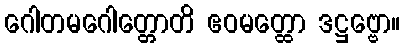
ဂေါတမဂေါတ္တောတိ ဧဝမတ္ထော ဒဋ္ဌဗ္ဗော။